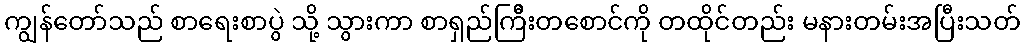
ကျွန်တော်သည် စာရေးစာပွဲ သို့ သွားကာ စာရှည်ကြိီးတစောင်ကို တထိုင်တည်း မနားတမ်းအပြီးသတ်